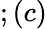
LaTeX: ;(c)